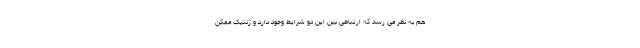
هم به نظر می رسد که ارتباطی بین این دو شرایط وجود دارد و ژنتیک ممکن